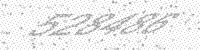
Solution: 528486